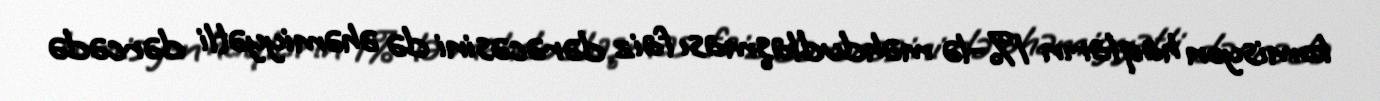
komisyon haqların 1%-lə məhdudlaşması faiz dərəcəsini də əhəmiyyətli dərcədə